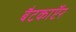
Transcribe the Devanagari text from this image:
बैटकाॅप्टर